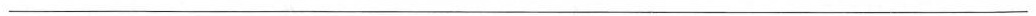
___